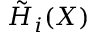
{ \tilde { H } } _ { i } ( X )